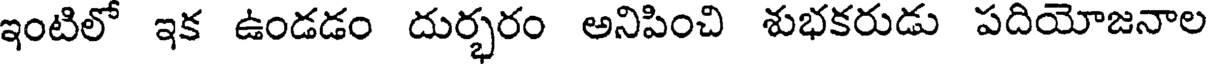
ఇంటిలో ఇక ఉండడం దుర్భరం అనిపించి శుభకరుడు పదియోజనాల